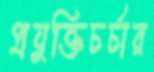
প্রযুক্তিচর্চার